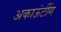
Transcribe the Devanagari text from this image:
अकाऊंटींग